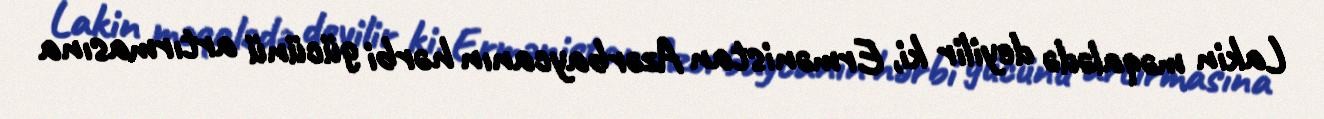
Lakin məqalədə deyilir ki, Ermənistan Azərbaycanın hərbi gücünü artırmasına